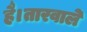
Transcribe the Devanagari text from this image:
है।तारवाले